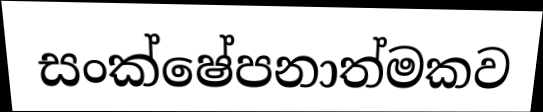
සංක්ෂේපනාත්මකව